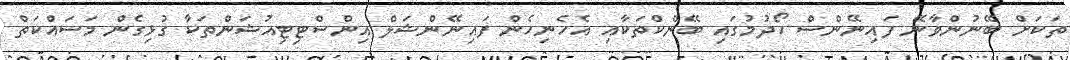
ތަކަށް ބޭނުންވާނޭ ފައިނޭންސް ހޯދުމުގައި ބޭންކްތަކާއި އެހެނިހެން ފައިނޭންޝަލް އިންސްޓިޓިއުޝަންތަކާ ގުޅިގެން މަސައްކަތް